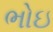
ભોઇ